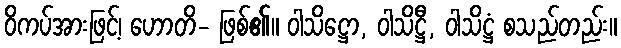
ဝိကပ်အားဖြင့်၊ ဟောတိ- ဖြစ်၏။ ဝါသိဋ္ဌော, ဝါသိဋ္ဌီ, ဝါသိဋ္ဌံ စသည်တည်း။